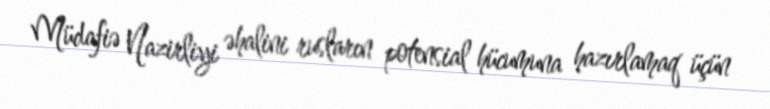
Müdafiə Nazirliyi əhalini rusların potensial hücumuna hazırlamaq üçün